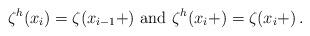
LaTeX: \begin{align*} \zeta^h (x_i) = \zeta (x_{i-1}+) \mbox{ and } \zeta^h (x_i+) = \zeta (x_i+) \,. \end{align*}